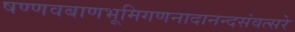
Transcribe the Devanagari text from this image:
षण्णवबाणभूमिगणनादानन्दसंवत्सरे